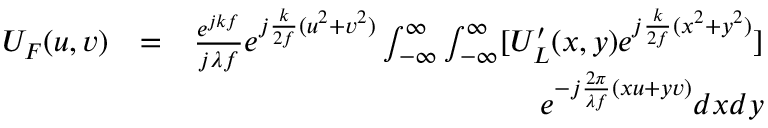
\begin{array} { r l r } { U _ { F } ( u , v ) } & { = } & { \frac { e ^ { j k f } } { j \lambda f } e ^ { j \frac { k } { 2 f } ( u ^ { 2 } + v ^ { 2 } ) } \int _ { - \infty } ^ { \infty } \int _ { - \infty } ^ { \infty } [ U _ { L } ^ { \prime } ( x , y ) e ^ { j \frac { k } { 2 f } ( x ^ { 2 } + y ^ { 2 } ) } ] } \\ & { } & { e ^ { - j \frac { 2 \pi } { \lambda f } ( x u + y v ) } d x d y } \end{array}